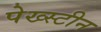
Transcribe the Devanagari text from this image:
पेख्स्टीन